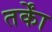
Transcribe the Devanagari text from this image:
तर्काें